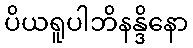
ပိယရူပါဘိနန္ဒိနော